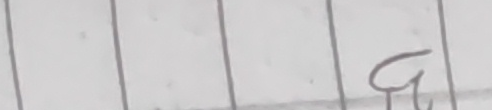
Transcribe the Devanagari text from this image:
ग